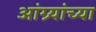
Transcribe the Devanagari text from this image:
आंग्र्यांच्या